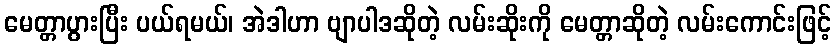
မေတ္တာပွားပြီး ပယ်ရမယ်၊ အဲဒါဟာ ဗျာပါဒဆိုတဲ့ လမ်းဆိုးကို မေတ္တာဆိုတဲ့ လမ်းကောင်းဖြင့်